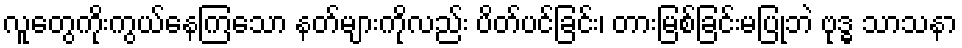
လူတွေကိုးကွယ်နေကြသော နတ်များကိုလည်း ပိတ်ပင်ခြင်း၊ တားမြစ်ခြင်းမပြုဘဲ ဗုဒ္ဓ သာသနာ